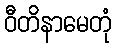
ဝီတိနာမေတုံ